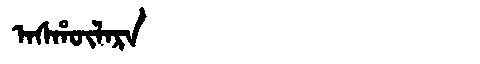
Manchu: ᠠᠰᡥᡡᠯᠠᡵᠠ
Romanization: ASHŪLARA